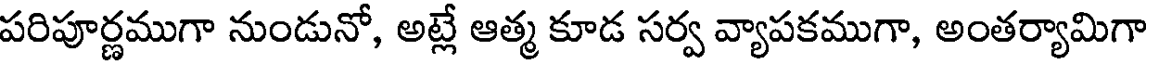
పరిపూర్ణముగా నుండునో, అట్లే ఆత్మ కూడ సర్వ వ్యాపకముగా, అంతర్యామిగా